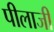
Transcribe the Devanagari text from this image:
पीलाजी